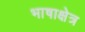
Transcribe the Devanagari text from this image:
भाषाक्षेत्र